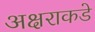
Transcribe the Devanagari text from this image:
अक्षराकडे